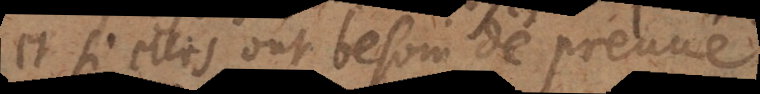
et si elles ont besoin de preuve,